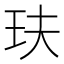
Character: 玞